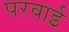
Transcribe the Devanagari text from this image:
परवाई